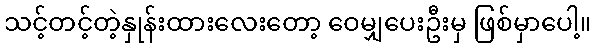
သင့်တင့်တဲ့နှုန်းထားလေးတော့ ဝေမျှပေးဦးမှ ဖြစ်မှာပေါ့။